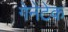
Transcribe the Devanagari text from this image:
गेनेंटेक